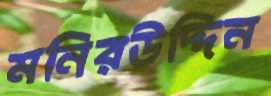
মনিরউদ্দিন